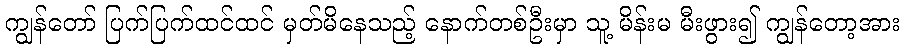
ကျွန်တော် ပြက်ပြက်ထင်ထင် မှတ်မိနေသည့် နောက်တစ်ဦးမှာ သူ့ မိန်းမ မီးဖွား၍ ကျွန်တော့အား